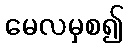
မေလမှစ၍